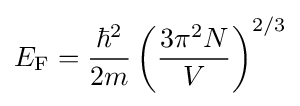
E_{\mathrm {F} }={\frac {\hbar ^{2}}{2m}}\left({\frac {3\pi ^{2}N}{V}}\right)^{2/3}